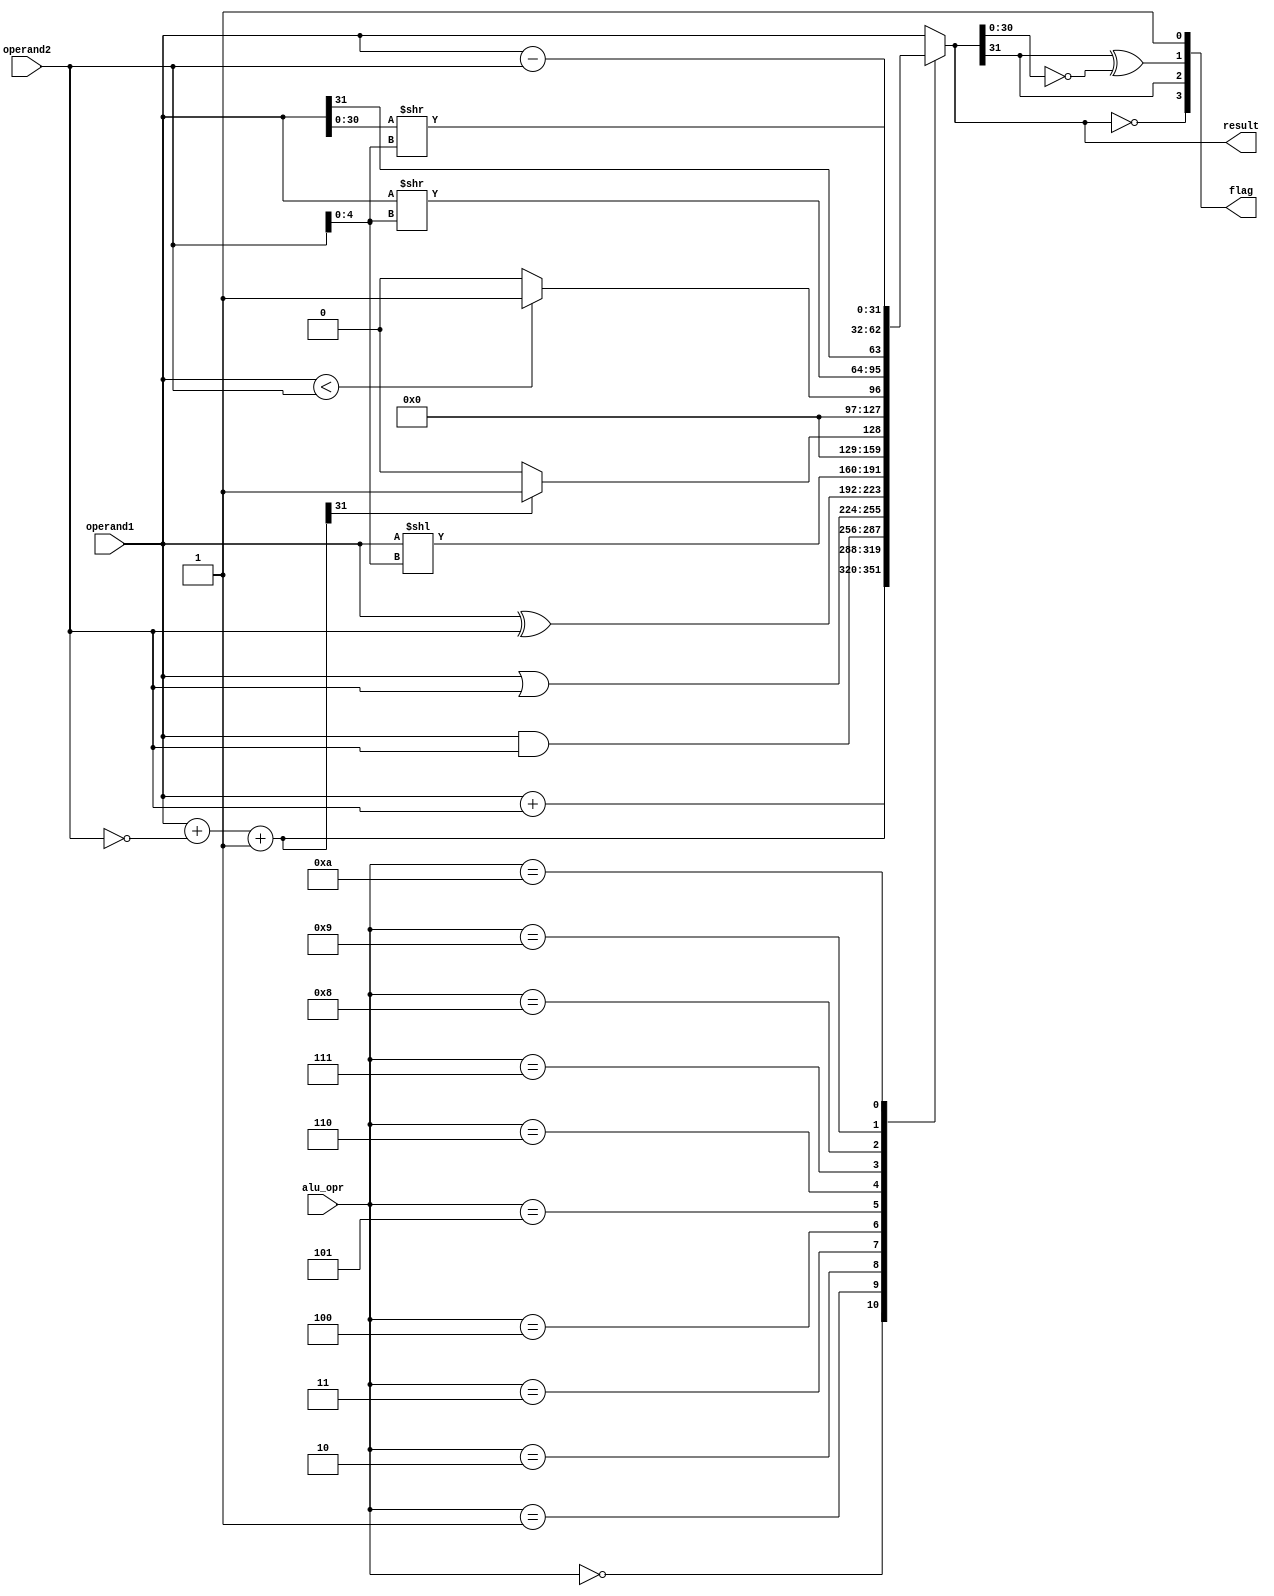
module alu(
  input           [3:0]     alu_opr,
  input           [31:0]    operand1,
  input           [31:0]    operand2,
  output   reg    [31:0]    result,
  output   reg    [3:0]     flag
);

  localparam      ADD     = 4'b0000;
  localparam      SUB     = 4'b0001;
  localparam      AND     = 4'b0010;
  localparam      OR      = 4'b0011;
  localparam      XOR     = 4'b0100;
  localparam      SLL     = 4'b0101;
  localparam      SLT     = 4'b0110;
  localparam      SLTU    = 4'b0111;
  localparam      SRL     = 4'b1000;
  localparam      SRA     = 4'b1001;
  localparam      SUBU    = 4'b1010;

  reg           c_out;
  reg   [31:0]  temp;


  always @(*) begin
    case(alu_opr)
      ADD: begin
        result = operand1 + operand2;
      end
      SUB: begin
        {c_out, result} = {1'b0, operand1} + ~{1'b0, operand2} + 1'b1;
      end
      AND: begin
        result = operand1 & operand2; 
      end
      OR: begin
        result = operand1 | operand2; 
      end
      XOR: begin
        result = operand1 ^ operand2; 
      end
      SLL: begin
        result = operand1 << operand2[4:0]; 
      end
      SLT: begin
        {c_out, temp} = {1'b0, operand1} + ~{1'b0, operand2} + 1'b1;
        if(temp[31])begin
          result = 32'd1; 
        end
        else begin
          result = 32'd0; 
        end        
      end
      SLTU: begin
        if (operand1 < operand2) begin
          result = 32'd1; 
        end
        else begin
          result = 32'd0; 
        end    
      end
      SRL: begin
        result = operand1 >> operand2[4:0]; 
      end
      SRA: begin
        result = {operand1[31], (operand1[30:0] >> operand2[4:0])}; 
      end
      SUBU: begin
        result = operand1 - operand2;
      end
      default: begin
        result = operand1;
      end
    endcase
    flag = {result==32'b0, result[31], result[31]^result[30:0] == 31'b0, 1'b1};  // zero, negetive, overload, valid
  end
endmodule